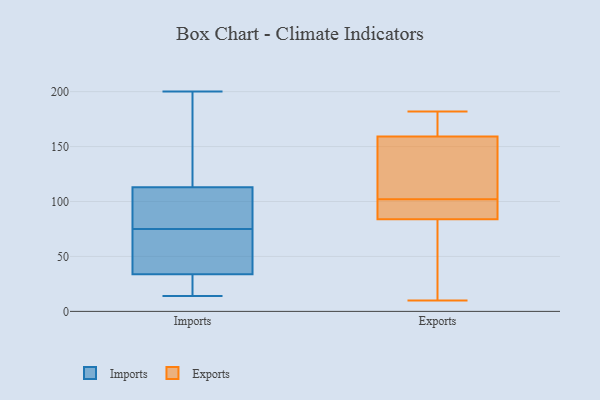
{"axis": {"x": "Energy Usage (MWh)", "y": "Value"}, "legend": ["Exports", "Imports"], "data": [{"x": "", "y": 30, "type": "Imports"}, {"x": "", "y": 14, "type": "Imports"}, {"x": "", "y": 123, "type": "Imports"}, {"x": "", "y": 64, "type": "Imports"}, {"x": "", "y": 75, "type": "Imports"}, {"x": "", "y": 83, "type": "Imports"}, {"x": "", "y": 200, "type": "Imports"}, {"x": "", "y": 83, "type": "Imports"}, {"x": "", "y": 28, "type": "Imports"}, {"x": "", "y": 180, "type": "Imports"}, {"x": "", "y": 45, "type": "Imports"}, {"x": "", "y": 148, "type": "Exports"}, {"x": "", "y": 21, "type": "Exports"}, {"x": "", "y": 53, "type": "Exports"}, {"x": "", "y": 173, "type": "Exports"}, {"x": "", "y": 104, "type": "Exports"}, {"x": "", "y": 173, "type": "Exports"}, {"x": "", "y": 123, "type": "Exports"}, {"x": "", "y": 182, "type": "Exports"}, {"x": "", "y": 83, "type": "Exports"}, {"x": "", "y": 93, "type": "Exports"}, {"x": "", "y": 163, "type": "Exports"}, {"x": "", "y": 86, "type": "Exports"}, {"x": "", "y": 97, "type": "Exports"}, {"x": "", "y": 10, "type": "Exports"}, {"x": "", "y": 102, "type": "Exports"}]}